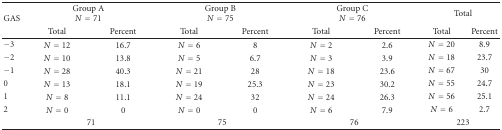
| <ROWSPAN=2> GAS |  | Group AN = 71 |  | Group BN = 75 |  | Group CN = 76 | <COLSPAN=2> Total |
 | Total | Percent | Total | Percent | Total | Percent | Total | Percent |
 | --- | --- | --- | --- | --- | --- | --- | --- | --- |
 | −3 | N = 12 | 16.7 | N = 6 | 8 | N = 2 | 2.6 | N = 20 | 8.9 |
 | −2 | N = 10 | 13.8 | N = 5 | 6.7 | N = 3 | 3.9 | N = 18 | 23.7 |
 | −1 | N = 28 | 40.3 | N = 21 | 28 | N = 18 | 23.6 | N = 67 | 30 |
 | 0 | N = 13 | 18.1 | N = 19 | 25.3 | N = 23 | 30.2 | N = 55 | 24.7 |
 | 1 | N = 8 | 11.1 | N = 24 | 32 | N = 24 | 26.3 | N = 56 | 25.1 |
 | 2 | N = 0 | 0 | N = 0 | 0 | N = 6 | 7.9 | N = 6 | 2.7 |
 |  | <COLSPAN=2> 71 | <COLSPAN=2> 75 | <COLSPAN=2> 76 | <COLSPAN=2> 223 |